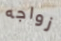
زواجه